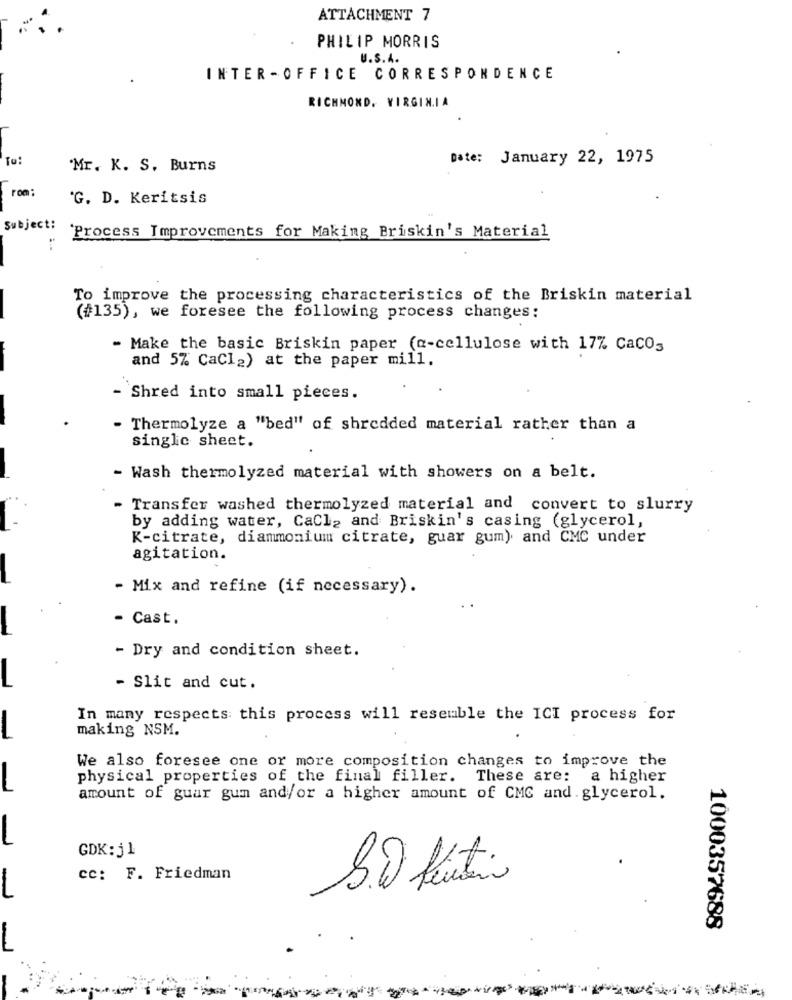
ATTACHMENT 7
.
PHILIP MORRIS
U.S.A.
INTER -OFFICE CORRESPONDENCE
RICHMOND, VIRGINIA
To:
Date: January 22, 1975
Mr. K. S. Burns
rom;
'G. D. Keritsis
Subject:
'Process Improvements for Making Briskin's Material
To improve the processing characteristics of the Briskin material
(#135), we foresee the following process changes:
- Make the basic Briskin paper (a-cellulose with 17% Cacos
and 5% CaCl2) at the paper mill.
`Shred into small pieces.
- Thermolyze a "bed" of shredded material rather than a
single sheet.
- Wash thermolyzed material with showers on a belt.
- Transfer washed thermolyzed material and convert to slurry
by adding water, CaCl, and Briskin's casing (glycerol,
K-citrate, diammonium citrate, guar gum) and CMC under
agitation.
- Mix and refine (if necessary).
Cast.
- Dry and condition sheet.
- Slit and cut.
In many respects this process will resemble the ICI process for
making NSM.
-
We also foresee one or more composition changes to improve the
physical properties of the final filler. These are: a higher
amount of guar gum and/or a higher amount of CMC and. glycerol.
GDK: j1
cc: F. Friedman
1000357688